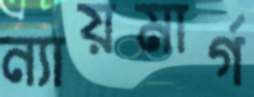
ন্যায়মার্গ